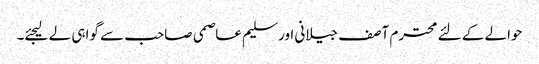
حوالے کے لئے محترم آصف جیلانی اور سلیم عاصمی صاحب سے گواہی لے لیجئے۔